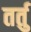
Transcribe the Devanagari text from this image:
तर्तु